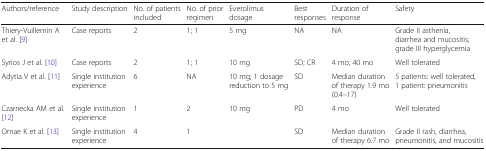
<table><thead><tr><td><b>Authors/reference</b></td><td><b>Study description</b></td><td><b>No. of patients included</b></td><td><b>No. of prior regimen</b></td><td><b>Everolimus dosage</b></td><td><b>Best responses</b></td><td><b>Duration of response</b></td><td><b>Safety</b></td></tr></thead><tbody><tr><td>Thiery-Vuillemin A et al. [9]</td><td>Case reports</td><td>2</td><td>1; 1</td><td>5 mg</td><td>NA</td><td>NA</td><td>Grade II asthenia, diarrhea and mucositis; grade III hyperglycemia</td></tr><tr><td>Syrios J et al. [10]</td><td>Case reports</td><td>2</td><td>1; 1</td><td>10 mg</td><td>SD; CR</td><td>4 mo; 40 mo</td><td>Well tolerated</td></tr><tr><td>Adytia V et al. [11]</td><td>Single institution experience</td><td>6</td><td>NA</td><td>10 mg; 1 dosage reduction to 5 mg</td><td>SD</td><td>Median duration of therapy 1.9 mo (0.4–17)</td><td>5 patients: well tolerated, 1 patient: pneumonitis</td></tr><tr><td>Czarnecka AM et al. [12]</td><td>Single institution experience</td><td>1</td><td>2</td><td>10 mg</td><td>PD</td><td>4 mo</td><td>Well tolerated</td></tr><tr><td>Omae K et al. [13]</td><td>Single institution experience</td><td>4</td><td>1</td><td></td><td>SD</td><td>Median duration of therapy 6.7 mo</td><td>Grade II rash, diarrhea, pneumonitis, and mucositis</td></tr></tbody></table>